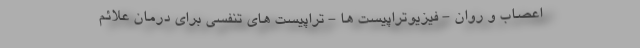
اعصاب و روان - فیزیوتراپیست ها - تراپیست های تنفسی برای درمان علائم